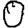
Digit: 0